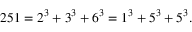
2 5 1 = 2 ^ { 3 } + 3 ^ { 3 } + 6 ^ { 3 } = 1 ^ { 3 } + 5 ^ { 3 } + 5 ^ { 3 } .